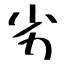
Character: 劣